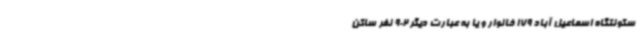
سکونتگاه اسماعیل آباد 179 خانوار و یا به عبارت دیگر 902 نفر ساکن